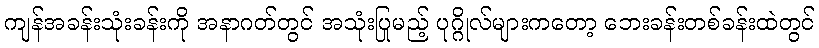
ကျန်အခန်းသုံးခန်းကို အနာဂတ်တွင် အသုံးပြုမည့် ပုဂ္ဂိုလ်များကတော့ ဘေးခန်းတစ်ခန်းထဲတွင်